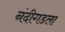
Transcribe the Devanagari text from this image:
नंदीगडला